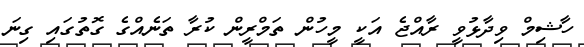
ހާޝިމް ވިދާޅުވީ ރާއްޖެ އަކީ މީހުން ތަމްރީން ކުރާ ތަނެއްގެ ގޮތުގައި ގިނަ